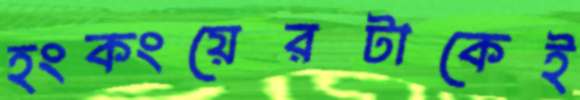
হংকংয়েরটাকেই